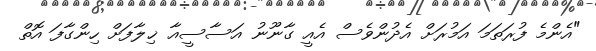
"އެންމެ ފުރަތަމަ އަމުރަށް އެދުންވެސް އެއީ ގާނޫނު އަސާސީއާ ޚިލާފަށް ހިންގާފަ އޮތް